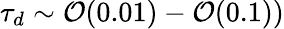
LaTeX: \tau_{d}\sim{\cal O}(0.01)-{\cal O}(0.1))